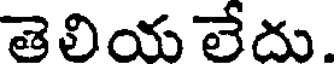
తెలియ లేదు.